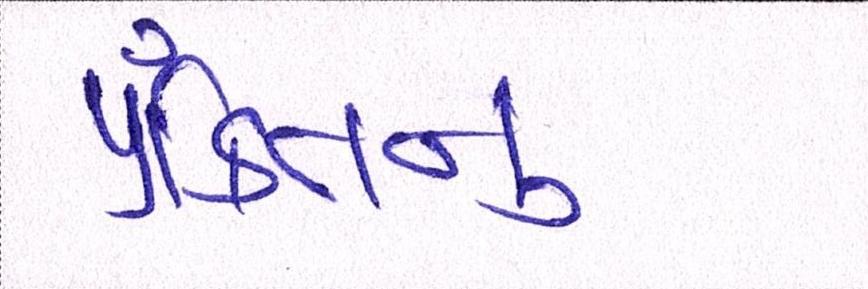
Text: પંક્તિનું